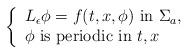
LaTeX: \begin{align*} \left\{ \begin{array}{l}L_{\epsilon} \phi = f(t,x,\phi) \hbox{ in } \Sigma_a, \\\phi \ \hbox{is periodic in} \ t,x \\\end{array}\right.\end{align*}